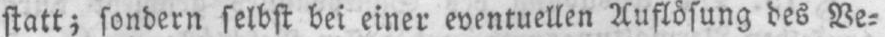
statt; sondern selbst bei einer eventuellen Auflösung des Ve⸗